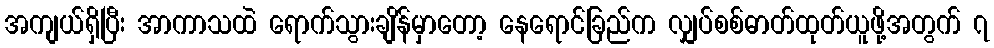
အကျယ်ရှိပြီး အာကာသထဲ ရောက်သွားချိန်မှာတော့ နေရောင်ခြည်က လျှပ်စစ်ဓာတ်ထုတ်ယူဖို့အတွက် ၇